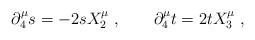
LaTeX: \begin{align*} \partial^\mu_4 s = -2sX^\mu_2\;, \qquad \partial^\mu_4 t = 2tX^\mu_3\;,\end{align*}